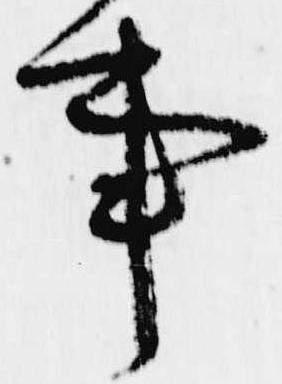
事